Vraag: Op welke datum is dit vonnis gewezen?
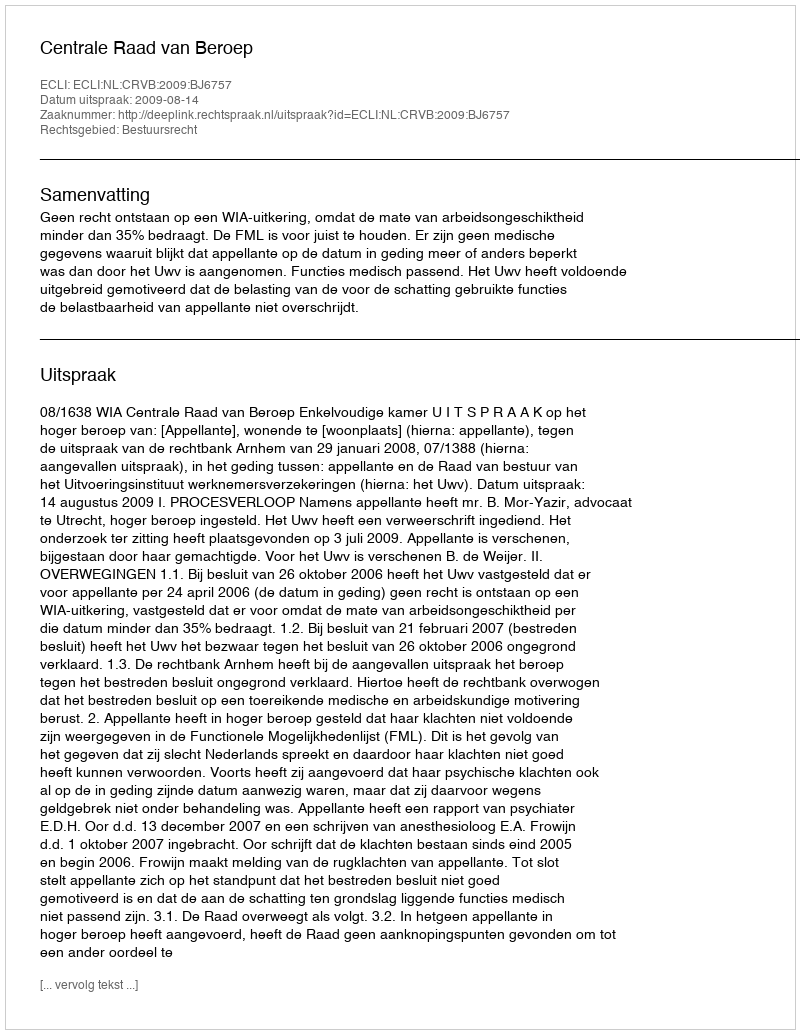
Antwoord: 2009-08-14